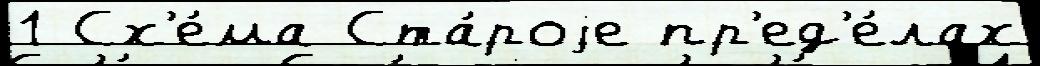
1 Сх'е́ма Ста́роjе пр'ед'е́лах